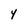
Character: Y